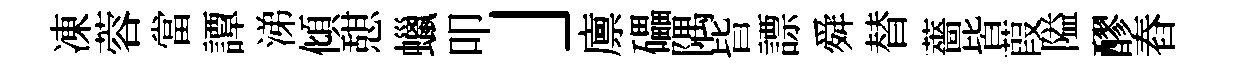
凍蓉當譚涕傾憇蠟叩」廪礧隅𣅜謤舜替薔皆葭隘醪舂